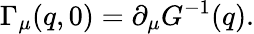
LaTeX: \Gamma_{\mu}(q,0)=\partial_{\mu}G^{-1}(q).